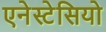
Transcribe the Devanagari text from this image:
एनेस्टेसियो